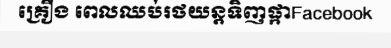
គ្រឿង ពេលឈប់រថយន្តទិញផ្កាFacebook